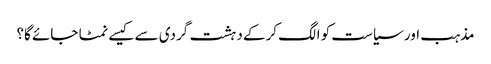
مذہب اور سیاست کو الگ کرکے دہشت گردی سے کیسے نمٹا جائے گا؟